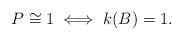
LaTeX: \begin{align*} P \cong 1 \iff k(B) = 1.\end{align*}